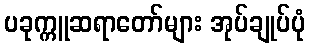
ပခုက္ကူဆရာတော်များ အုပ်ချုပ်ပုံ